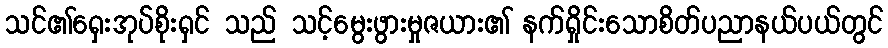
သင်၏ရှေးအုပ်စိုးရှင် သည် သင့်မွေးဖွားမှုဇယား၏ နက်ရှိုင်းသောစိတ်ပညာနယ်ပယ်တွင်